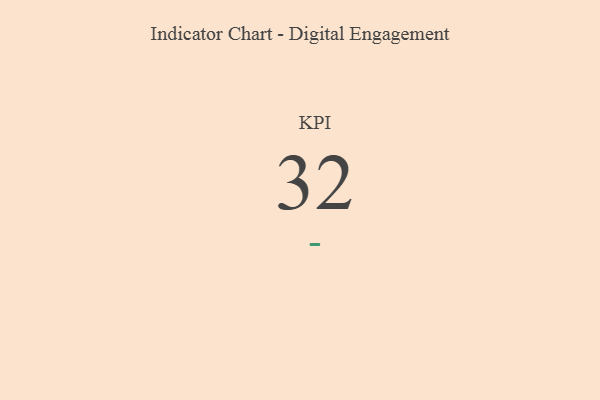
{"axis": {"x": "KPI", "y": "Value"}, "legend": [""], "data": [{"x": "KPI", "y": 32, "type": ""}]}